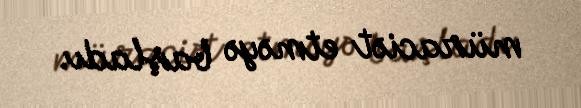
müraciət etməyə başladı.